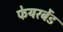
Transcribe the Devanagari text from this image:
फेयरबेंड